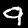
Digit: 9